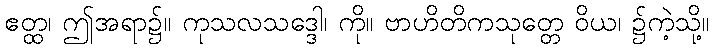
ဧတ္ထ၊ ဤအရာ၌။ ကုသလသဒ္ဒေါ၊ ကို။ ဗာဟိတိကသုတ္တေ ဝိယ၊ ၌ကဲ့သို့။